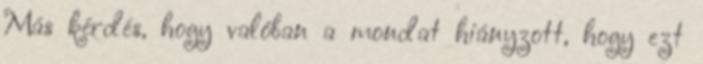
Más kérdés, hogy valóban a mondat hiányzott, hogy ezt